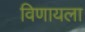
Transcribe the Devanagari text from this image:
विणायला